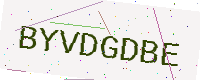
Text: BYVDGDBE